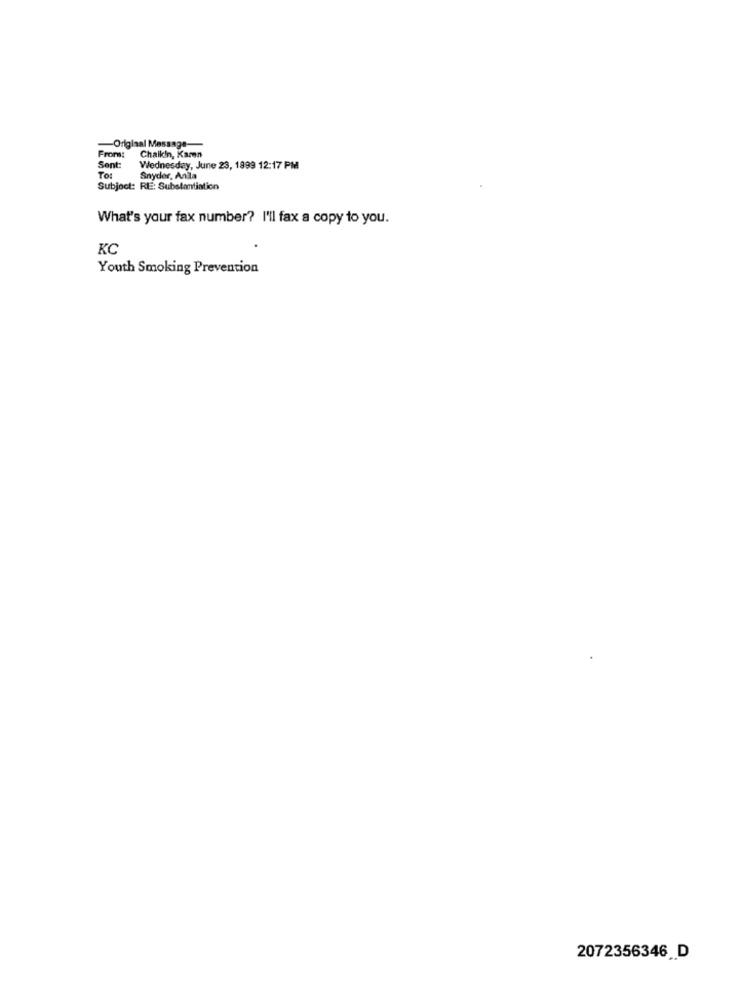
-Original Message-
From:
Chaikin, Karen
Sent:
Wednesday, June 23, 1999 12:17 PM
To
Snyder, Andla
Subject: RE: Substantiation
What's your fax number? I'll fax a copy to you.
KC
Youth Smoking Prevention
2072356346 D